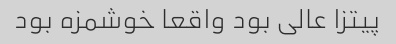
پیتزا عالی بود واقعا خوشمزه بود